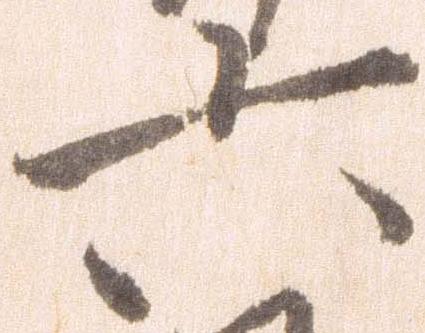
六